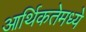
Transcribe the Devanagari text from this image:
आर्थिकतेमध्ये